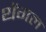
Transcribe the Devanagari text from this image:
थेंगल